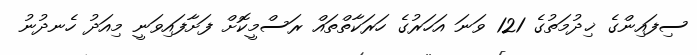
ސިފައިންގެ ޚިދުމަތުގެ 121 ވަނަ އަހަރުގެ ހަރަކާތްތައް ރަސްމީކޮށް ފަށާފައިވަނީ މިއަދު ހެނދުނު